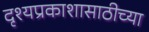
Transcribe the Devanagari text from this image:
दृश्यप्रकाशासाठीच्या